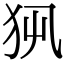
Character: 𤜿